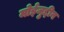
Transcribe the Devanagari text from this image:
मोईजुद्दीन